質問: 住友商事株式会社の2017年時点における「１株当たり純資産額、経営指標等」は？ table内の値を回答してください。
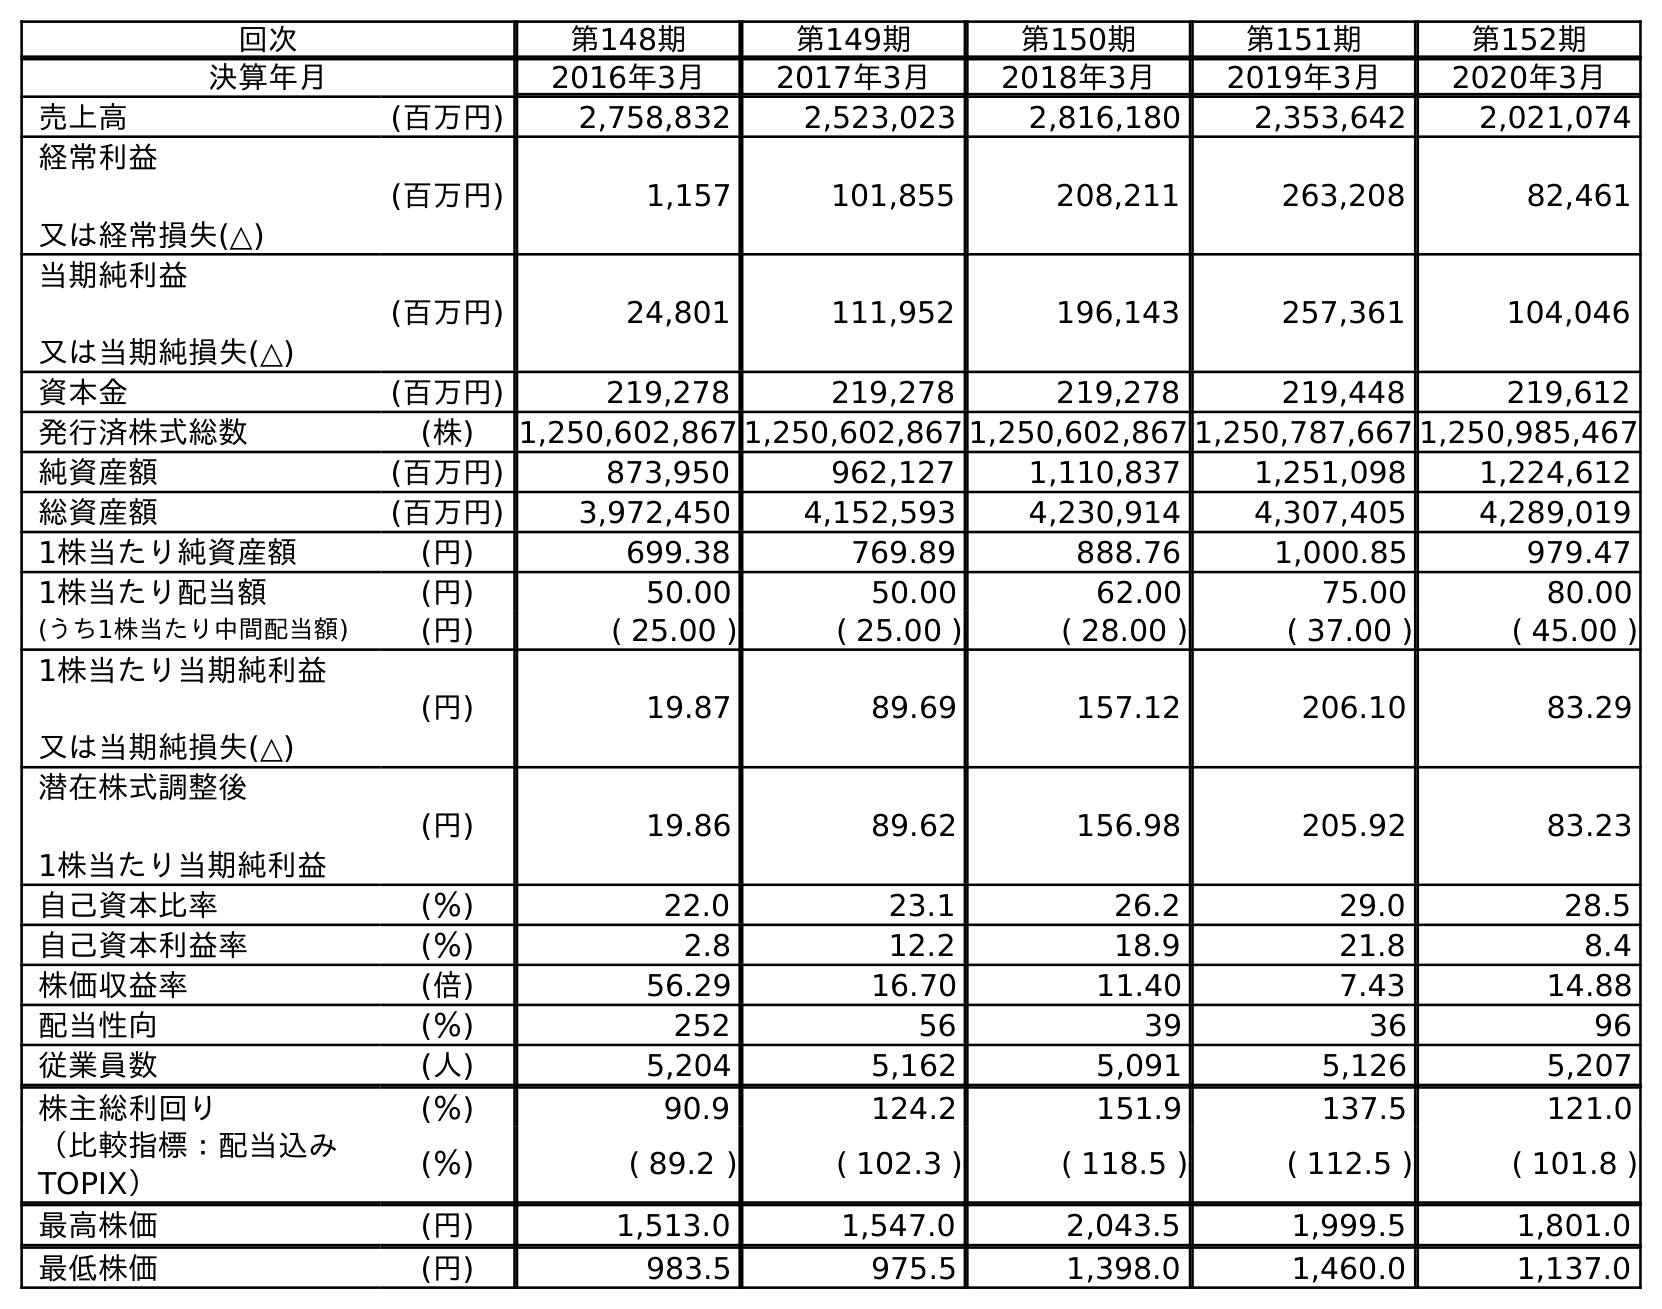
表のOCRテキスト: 回次 第148期 第149期 第150期 第151期 第152期 決算年月 2016年3月 2017年3月 2018年3月 2019年3月 2020年3月 売上高 (百万円) 2,758,832 2,523,023 2,816,180 2,353,642 2,021,074 経常利益 又は経常損失(△) (百万円) 1,157 101,855 208,211 263,208 82,461 当期純利益 又は当期純損失(△) (百万円) 24,801 111,952 196,143 257,361 104,046 資本金 (百万円) 219,278 219,278 219,278 219,448 219,612 発行済株式総数 (株) 1,250,602,867 1,250,602,867 1,250,602,867 1,250,787,667 1,250,985,467 純資産額 (百万円) 873,950 962,127 1,110,837 1,251,098 1,224,612 総資産額 (百万円) 3,972,450 4,152,593 4,230,914 4,307,405 4,289,019 1株当たり純資産額 (円) 699.38 769.89 888.76 1,000.85 979.47 1株当たり配当額 (円) 50.00 50.00 62.00 75.00 80.00 (うち1株当たり中間配当額) (円) ( 25.00 ) ( 25.00 ) ( 28.00 ) ( 37.00 ) ( 45.00 ) 1株当たり当期純利益 又は当期純損失(△) (円) 19.87 89.69 157.12 206.10 83.29 潜在株式調整後 1株当たり当期純利益 (円) 19.86 89.62 156.98 205.92 83.23 自己資本比率 (％) 22.0 23.1 26.2 29.0 28.5 自己資本利益率 (％) 2.8 12.2 18.9 21.8 8.4 株価収益率 (倍) 56.29 16.70 11.40 7.43 14.88 配当性向 (％) 252 56 39 36 96 従業員数 (人) 5,204 5,162 5,091 5,126 5,207 株主総利回り (％) 90.9 124.2 151.9 137.5 121.0 （比較指標：配当込み TOPIX） (％) ( 89.2 ) ( 102.3 ) ( 118.5 ) ( 112.5 ) ( 101.8 ) 最高株価 (円) 1,513.0 1,547.0 2,043.5 1,999.5 1,801.0 最低株価 (円) 983.5 975.5 1,398.0 1,460.0 1,137.0
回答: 769.89